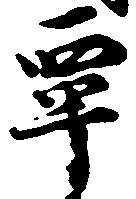
覃